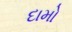
દામો